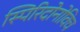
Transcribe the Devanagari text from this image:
स्पिरिदोनोविच